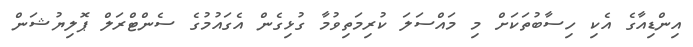
އިންޑިއާގެ އެކި ހިސާބުތަކަށް މި މައްސަލަ ކުރިމަތިވުމާ ގުޅިގެން އެގައުމުގެ ސެންޓްރަލް ޕޮލިޔުޝަން